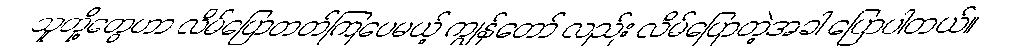
သူတို့တွေဟာ လိမ်ပြောတတ်ကြပေမယ့် ကျွန်တော် လည်း လိမ်ပြောတဲ့အခါ ပြောပါတယ်။